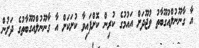
އާ ގާނޫނުލްއުގޫބާތު ވުޖޫދަށް އައުމުގެ ކުރިން ކޮށްފައިވާ ކުށަކަށް އާ ގާނޫނުލްއުގޫބާތުގެ ދަށުން